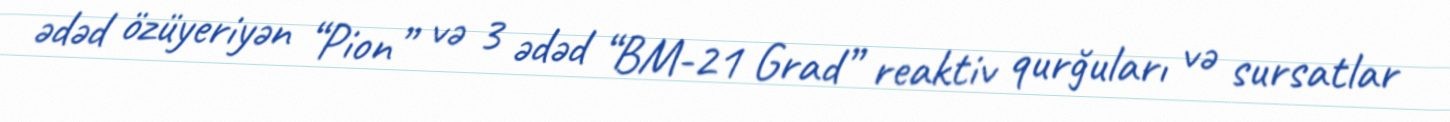
ədəd özüyeriyən “Pion” və 3 ədəd “BM-21 Grad” reaktiv qurğuları və sursatlar